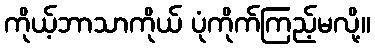
ကိုယ့်ဘာသာကိုယ် ပုံကိုက်ကြည့်မလို့။